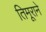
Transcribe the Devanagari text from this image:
तिमूराने